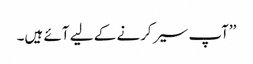
’’آپ سیر کرنے کے لیے آئے ہیں۔